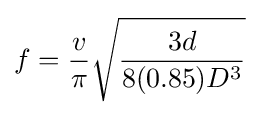
f={\frac {v}{\pi }}{\sqrt {\frac {3d}{8(0.85)D^{3}}}}